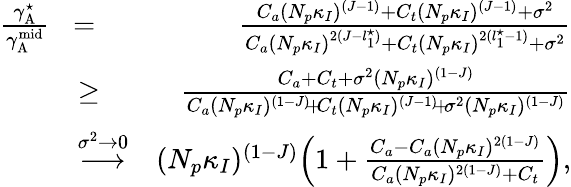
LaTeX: \begin{array}{rlr}{\frac{{\gamma}_{\mathrm{A}}^{\star}}{{\gamma}_{\mathrm{A}}^{\mathrm{mid}}}}&{\! =\! }&{\frac{C_{a}(N_{p}\kappa_{I})^{(J-1)}+C_{t}(N_{p}\kappa_{I})^{(J-1)}+\sigma^{2}}{C_{a}(N_{p}\kappa_{I})^{2(J-l_{1}^{\star})}+C_{t}(N_{p}\kappa_{I})^{2(l_{1}^{\star}-1)}+\sigma^{2}}}\\ &{{\geq}\! }&{\frac{C_{a}+C_{t}+\sigma^{2}(N_{p}\kappa_{I})^{(1-J)}}{C_{a}(N_{p}\kappa_{I})^{(1-J)}\! +\! C_{t}(N_{p}\kappa_{I})^{(J-1)}\! +\! \sigma^{2}(N_{p}\kappa_{I})^{(1-J)}}}\\ &{\overset{\sigma^{2}\rightarrow 0}{\longrightarrow}}&{(N_{p}\kappa_{I})^{(1-J)}\Big(1+\frac{C_{a}-C_{a}(N_{p}\kappa_{I})^{2(1-J)}}{C_{a}(N_{p}\kappa_{I})^{2(1-J)}+C_{t}}\Big),}\end{array}